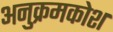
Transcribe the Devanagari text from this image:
अनुक्रमकोश